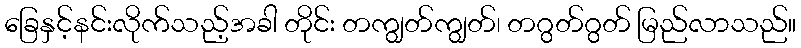
ခြေနှင့်နင်းလိုက်သည့်အခါ တိုင်း တကျွတ်ကျွတ်၊ တဂွတ်ဂွတ် မြည်လာသည်။